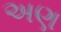
અણ